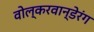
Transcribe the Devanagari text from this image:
वोल्करवान्डेरंग